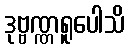
ဒုဗ္ဗဏ္ဏရူပေါသိ